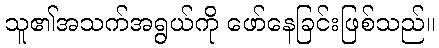
သူ၏အသက်အရွယ်ကို ဖော်နေခြင်းဖြစ်သည်။